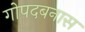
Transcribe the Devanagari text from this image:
गोपदबनास